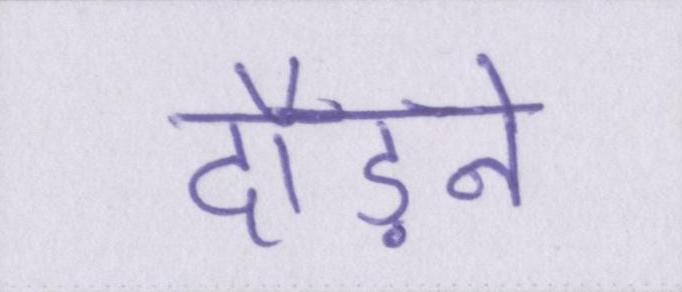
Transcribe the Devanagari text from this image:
दौड़ने